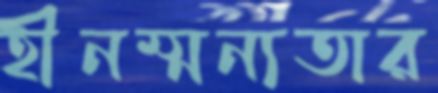
হীনম্মন্যতার